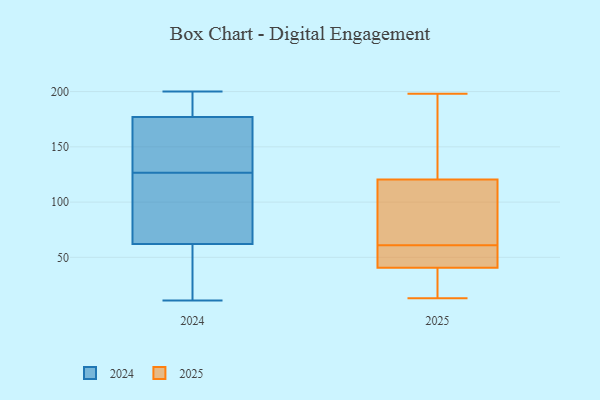
{"axis": {"x": "LTV (USD)", "y": "Value"}, "legend": ["2024", "2025"], "data": [{"x": "", "y": 61, "type": "2025"}, {"x": "", "y": 45, "type": "2025"}, {"x": "", "y": 150, "type": "2025"}, {"x": "", "y": 124, "type": "2025"}, {"x": "", "y": 39, "type": "2025"}, {"x": "", "y": 13, "type": "2025"}, {"x": "", "y": 153, "type": "2025"}, {"x": "", "y": 26, "type": "2025"}, {"x": "", "y": 83, "type": "2025"}, {"x": "", "y": 198, "type": "2025"}, {"x": "", "y": 79, "type": "2025"}, {"x": "", "y": 110, "type": "2025"}, {"x": "", "y": 20, "type": "2025"}, {"x": "", "y": 58, "type": "2025"}, {"x": "", "y": 61, "type": "2025"}, {"x": "", "y": 140, "type": "2024"}, {"x": "", "y": 131, "type": "2024"}, {"x": "", "y": 19, "type": "2024"}, {"x": "", "y": 147, "type": "2024"}, {"x": "", "y": 189, "type": "2024"}, {"x": "", "y": 11, "type": "2024"}, {"x": "", "y": 66, "type": "2024"}, {"x": "", "y": 197, "type": "2024"}, {"x": "", "y": 121, "type": "2024"}, {"x": "", "y": 68, "type": "2024"}, {"x": "", "y": 186, "type": "2024"}, {"x": "", "y": 40, "type": "2024"}, {"x": "", "y": 58, "type": "2024"}, {"x": "", "y": 200, "type": "2024"}, {"x": "", "y": 20, "type": "2024"}, {"x": "", "y": 168, "type": "2024"}, {"x": "", "y": 147, "type": "2024"}, {"x": "", "y": 99, "type": "2024"}, {"x": "", "y": 122, "type": "2024"}, {"x": "", "y": 194, "type": "2024"}]}